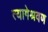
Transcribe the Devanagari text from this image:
त्यागेश्रवण